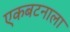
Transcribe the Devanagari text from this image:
एकबटनाला